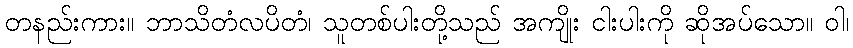
တနည်းကား။ ဘာသိတံလပိတံ၊ သူတစ်ပါးတို့သည် အကျိုး ငါးပါးကို ဆိုအပ်သော။ ဝါ၊